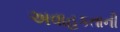
અવાહકતાની